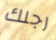
رجلك